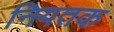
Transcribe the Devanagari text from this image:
नियतक